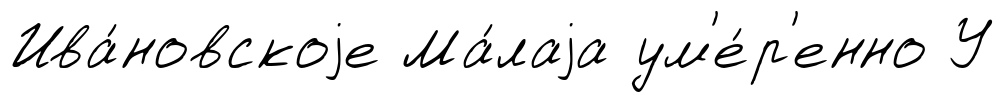
Ива́новскоjе Ма́лаjа ум'е́р'енно У